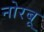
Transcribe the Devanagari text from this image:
नोरबू